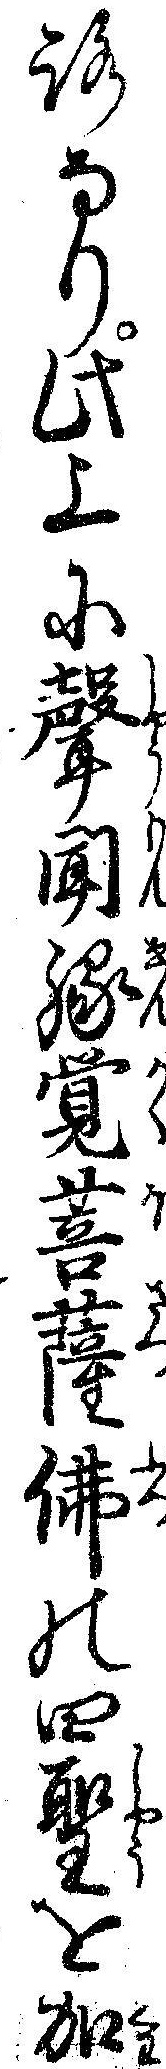
ろなり此上に声聞縁覚菩薩仏の四聖を加